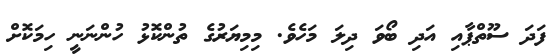
ފަދަ ސޫތްޕާއި އަދި ބޯވަ ދިލަ މަހެވެ. މިމިޔަރުގެ ތުންކޮޅު ހުންނަނީ ހިމަކޮށް